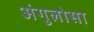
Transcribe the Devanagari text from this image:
अंगुलोसा